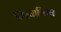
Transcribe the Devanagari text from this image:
निरवानिरव